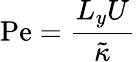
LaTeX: \mathrm{Pe}=\frac{L_{y}U}{\tilde{\kappa}}